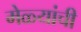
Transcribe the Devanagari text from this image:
मेळ्यांची